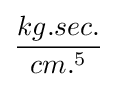
{\frac {kg.sec.}{cm.^{5}}}